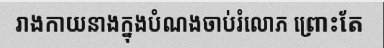
រាងកាយនាងក្នុងបំណងចាប់រំលោភ ព្រោះតែ